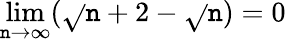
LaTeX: \lim\limits_{\mathtt{n}\rightarrow\infty}(\sqrt{}{{\mathtt{n}+2}}-\sqrt{}{{\mathtt{n}}})=0